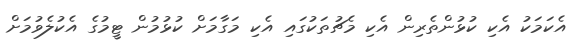
އެކަމަކު އެކި ކުޅުންތެރިން އެކި މެޗުތަކުގައި އެކި މަގާމަށް ކުޅުމުން ޓީމުގެ އެކުލެވުމަށް